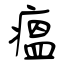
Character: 瘟